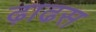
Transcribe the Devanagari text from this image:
ढ़ाढस